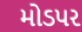
મોડપર